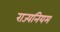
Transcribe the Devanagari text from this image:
राज्यनियम